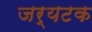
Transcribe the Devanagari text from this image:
जर्यटक